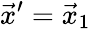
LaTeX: \vec{x}^{\prime}=\vec{x}_{1}